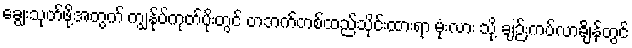
ချွေးသုတ်ဖို့အတွက် ကျွန်ုပ်ကုတ်ပိုးတွင် တဘက်တစ်ထည်သိုင်းထားရာ မုံးလား သို့ ချဉ်းကပ်လာချိန်တွင်